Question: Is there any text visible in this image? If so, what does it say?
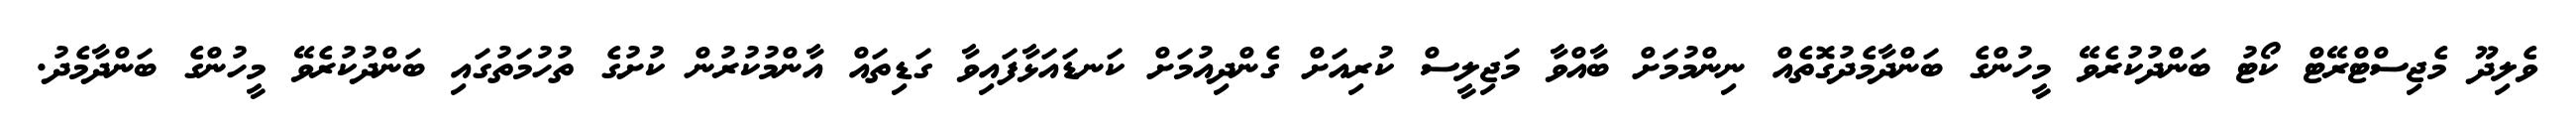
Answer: ވެލިދޫ މެޖިސްޓްރޭޓް ކޯޓު ބަންދުކުރެވޭ މީހުންގެ ބަންދާމެދުގޮތެއް ނިންމުމަށް ބާއްވާ މަޖިލީސް ކުރިއަށް ގެންދިއުމަށް ކަނޑައަޅާފައިވާ ގަޑިތައް އާންމުކުރުން ކުށުގެ ތުހުމަތުގައި ބަންދުކުރެވޭ މީހުންގެ ބަންދާމެދު.